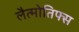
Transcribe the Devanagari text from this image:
लैत्मोतिफ्स